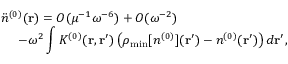
\begin{array} { l } { { \displaystyle { \ddot { n } } ^ { ( 0 ) } ( { \bf r } ) = { \cal O } ( \mu ^ { - 1 } \omega ^ { - 6 } ) + { \cal O } ( \omega ^ { - 2 } ) } \ ~ } \\ { { \displaystyle ~ ~ ~ ~ - \omega ^ { 2 } \int K ^ { ( 0 ) } ( { \bf r , r ^ { \prime } } ) \left( \rho _ { \mathrm { m i n } } [ n ^ { ( 0 ) } ] ( { \bf r ^ { \prime } } ) - n ^ { ( 0 ) } ( { \bf r ^ { \prime } } ) \right) d { \bf r ^ { \prime } } } , } \end{array}